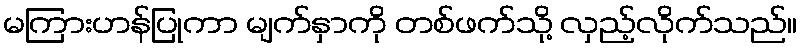
မကြားဟန်ပြုကာ မျက်နှာကို တစ်ဖက်သို့ လှည့်လိုက်သည်။